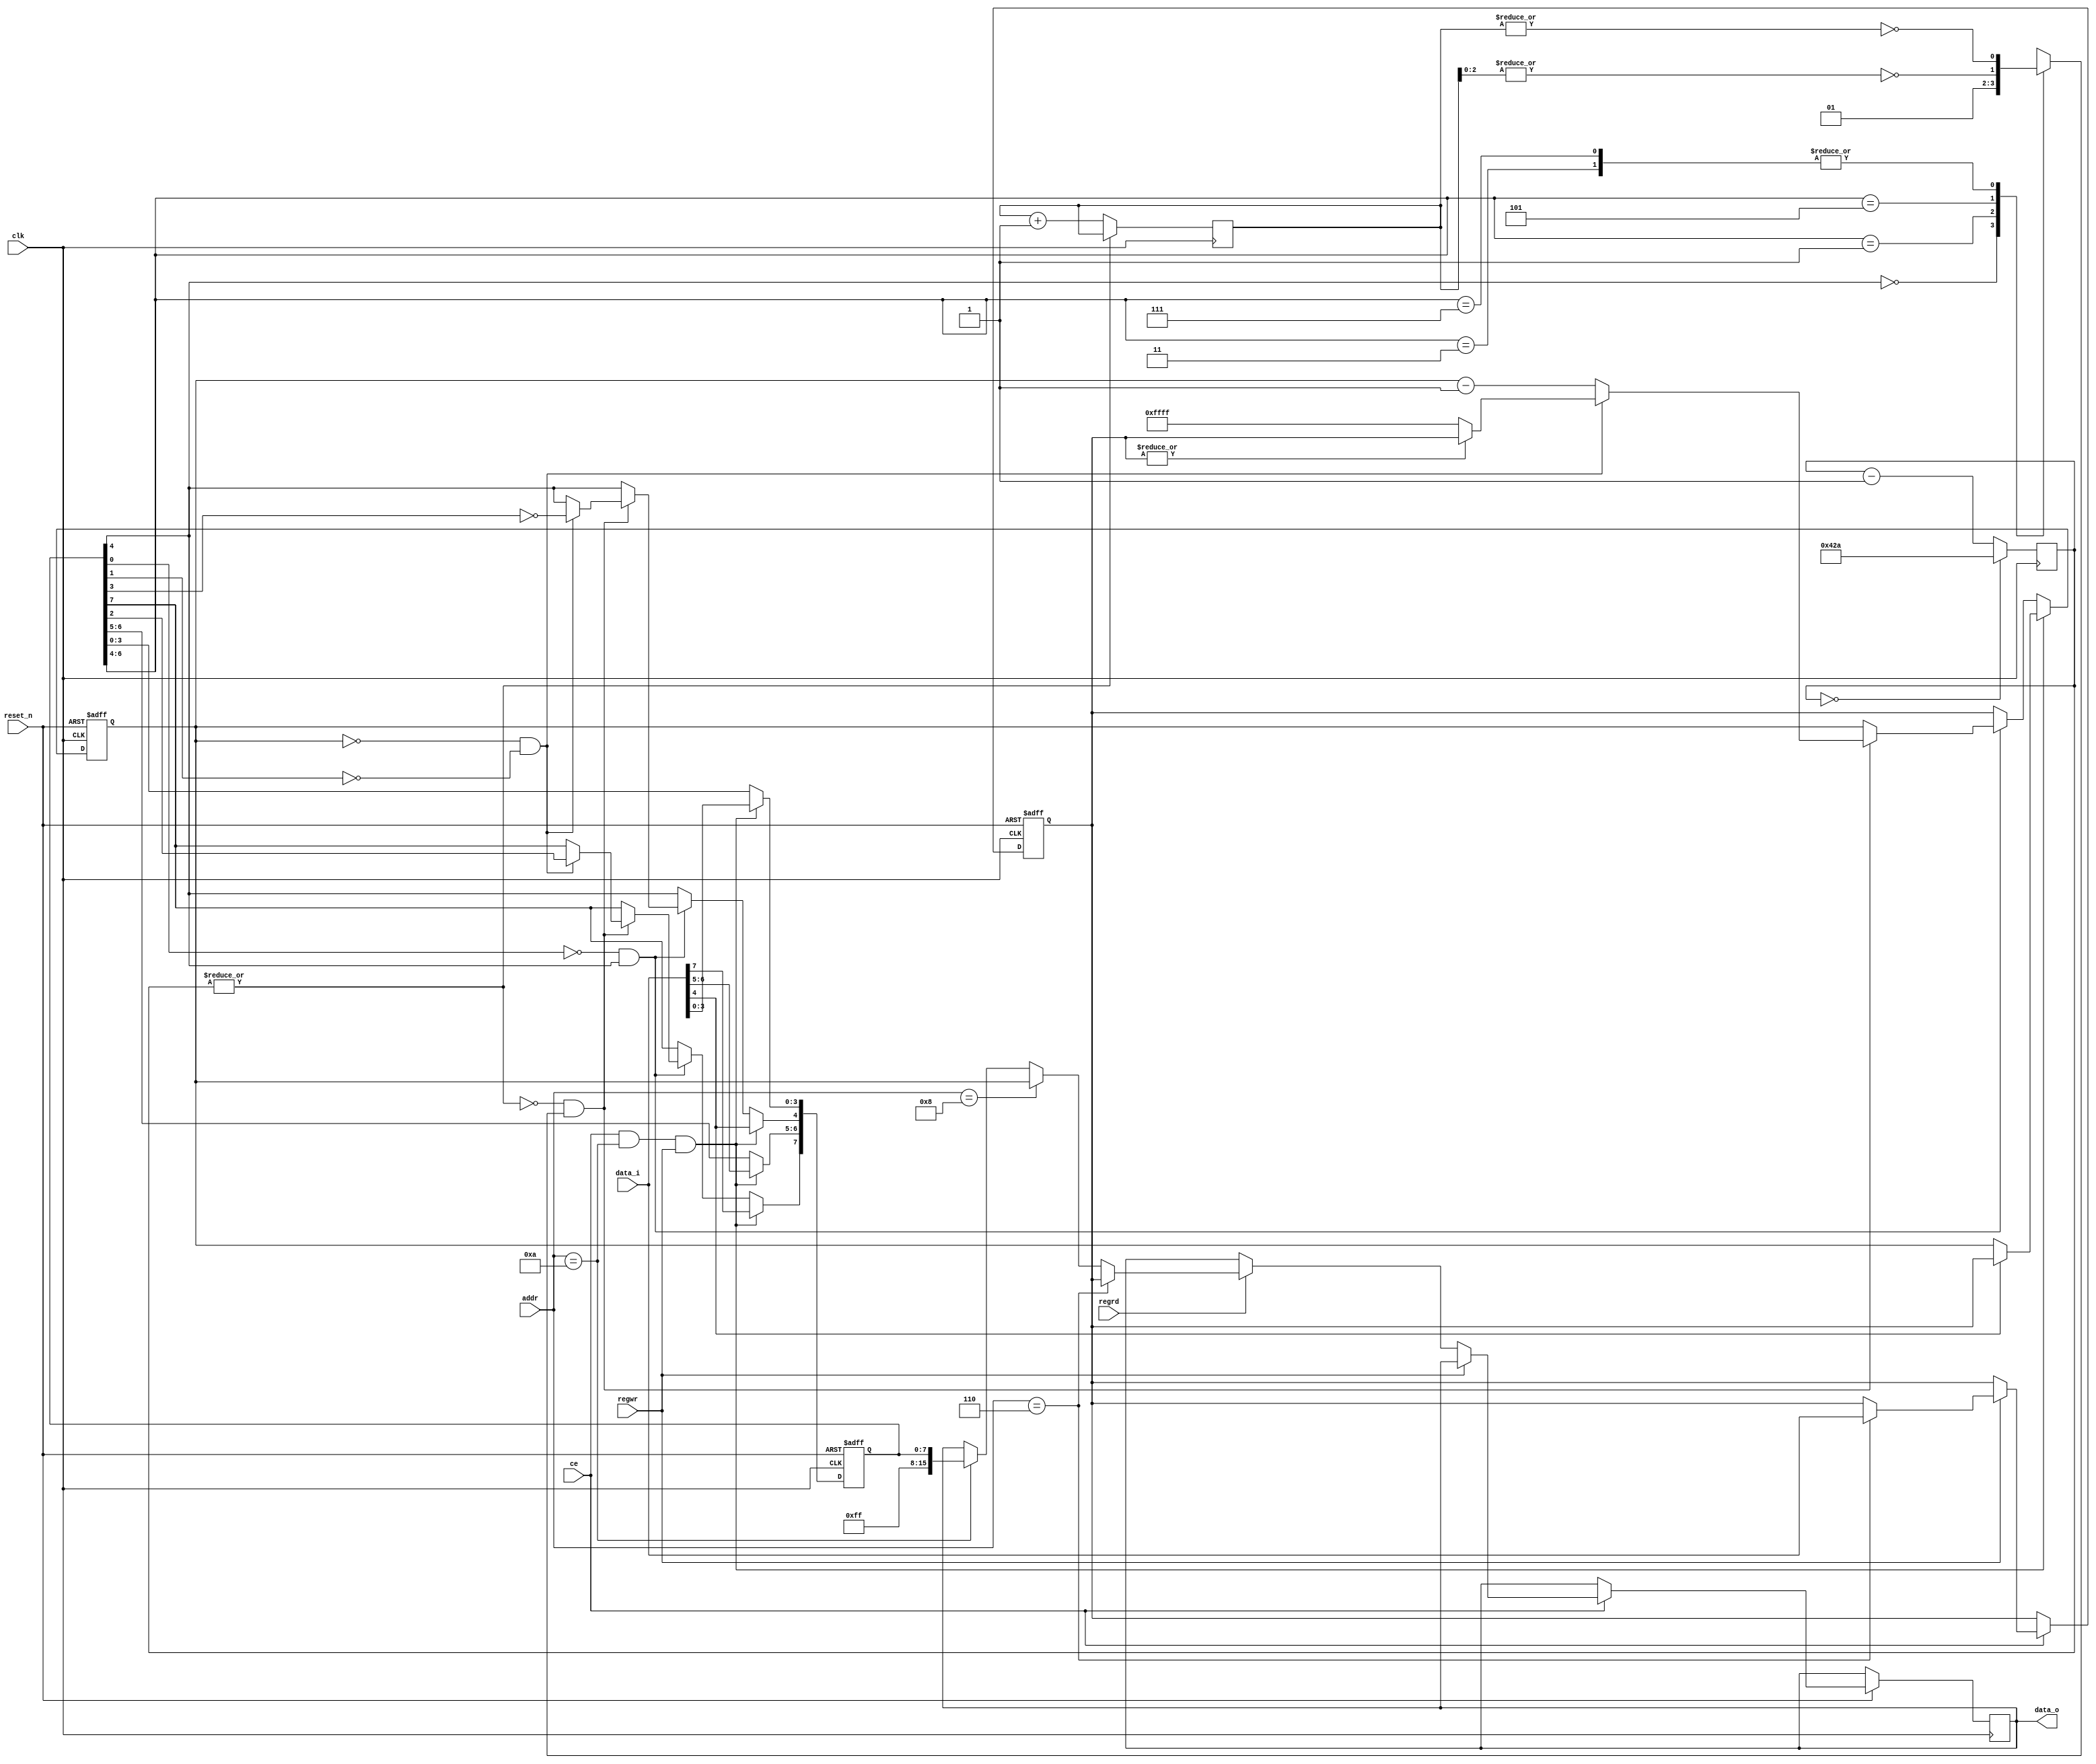
`default_nettype none

module vptimer(
    input           clk,
    input           ce,
    input           reset_n,
    input           regwr,
    input           regrd,
    input [3:0]     addr,
    input [15:0]    data_i,
    output reg[15:0]data_o
);

reg [15:0] counter;
reg [15:0] counter_reload;
reg [15:0] counter_load;


parameter STOP = 0,
          WRAPAROUND = 1,
          EXPENABLE = 2,
          ONESHOT = 3,
          RUN = 4,
          DIV16 = 5,
          DIV4 = 6,
          EXPIRY = 7;

reg [7:0]  control;

wire sel_reload  = addr == 4'o06;
wire sel_counter = addr == 4'o10;
wire sel_control = addr == 4'o12;


always @(posedge clk or negedge reset_n)
    if (~reset_n) begin
        counter_reload <= 0;
    end
    else if (ce) begin
        if (regwr) begin
            case (1'b1) 
            sel_reload:     counter_reload <= data_i;
            endcase
        end 
        else if (regrd) begin
            case (1'b1)
            sel_reload:     data_o <= counter_reload;
            sel_counter:    data_o <= counter;
            sel_control:    data_o <= {8'hff, control};
            endcase
        end
    end

reg [10:0] dctr;    
wire tick = ~|dctr;
always @(posedge clk) 
    dctr <= dctr == 0 ? 11'd 1066 : (dctr - 1'b1);
    
reg [5:0] prescaler;
always @(posedge clk)
    if (tick) prescaler <= prescaler + 1'b1;
    
    
reg tock;
always @* 
    casex (control[6:4]) 
    3'bxx0:     tock = 0;
    3'b001:     tock = 1;
    3'b011:     tock = ~|prescaler;      // div/16
    3'b101:     tock = ~|prescaler[2:0]; // div/4
    3'b111:     tock = ~|prescaler;
    endcase
    
always @(posedge clk or negedge reset_n)
    if (~reset_n) begin
        counter <= 0;
        control <= 0;
    end
    else if (ce & sel_control & regwr) begin
        control <= data_i[7:0];
        if (data_i[RUN]) counter <= counter_reload;
    end
    else if (~control[STOP] & control[RUN]) begin
        if (tick & tock) begin
            if (counter == 0 && ~control[WRAPAROUND]) begin
                counter <= (~|counter_reload) ? 16'o177777 : counter_reload;
                control[RUN] <= ~control[ONESHOT]; // oneshot counts to 0 and clears the RUN bit
                control[EXPIRY] <= control[EXPENABLE];
            end
            else begin
                counter <= counter - 1'b1;
            end
        end
    end else begin
        counter <= counter_reload;
    end

endmodule